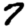
Digit: 7